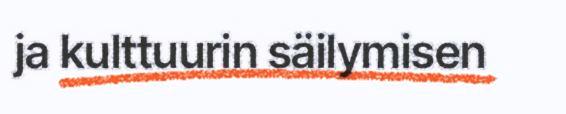
ja kulttuurin säilymisen